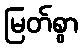
မြတ်စွာ